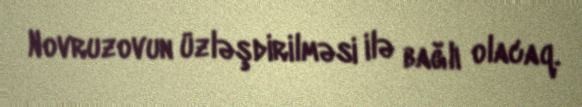
Novruzovun üzləşdirilməsi ilə bağlı olacaq.